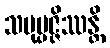
သမုပ္ပဇ္ဇိဿန္တိ